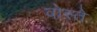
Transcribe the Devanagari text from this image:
वोस्ते